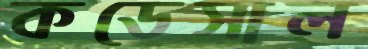
কডেসাল